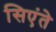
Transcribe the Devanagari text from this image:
सिएंते